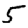
Digit: 5